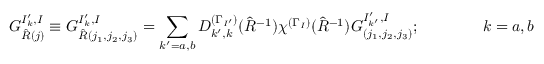
G _ { \hat { R } ( j ) } ^ { I _ { k } ^ { \prime } , I } \equiv G _ { \hat { R } ( j _ { 1 } , j _ { 2 } , j _ { 3 } ) } ^ { I _ { k } ^ { \prime } , I } = \sum _ { k ^ { \prime } = a , b } D _ { k ^ { \prime } , k } ^ { ( \Gamma _ { I ^ { \prime } } ) } ( \hat { R } ^ { - 1 } ) \chi ^ { ( \Gamma _ { I } ) } ( \hat { R } ^ { - 1 } ) G _ { ( j _ { 1 } , j _ { 2 } , j _ { 3 } ) } ^ { I _ { k ^ { \prime } } ^ { \prime } , I } ; \qquad \qquad k = a , b